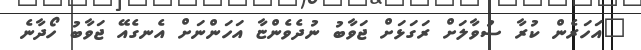
"އަހަރެން ކުރާ ސުވާލަށް ރަގަޅަށް ޖަވާބު ނުދެވެންޏާ އަހަންނަށް އެނގެއޭ ޖަވާބު ހޯދާނެ